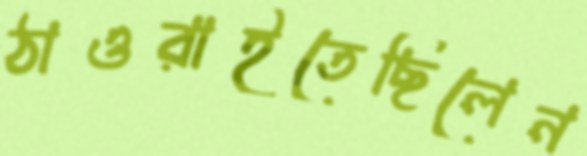
ঠাওরাইতেছিলেন